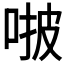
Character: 𠵿